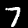
Label: 7